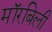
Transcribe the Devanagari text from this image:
मॉरबिली